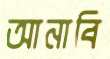
আনাবি